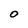
Character: O